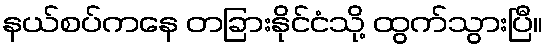
နယ်စပ်ကနေ တခြားနိုင်ငံသို့ ထွက်သွားပြီ။